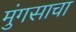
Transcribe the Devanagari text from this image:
मुंगसाचा